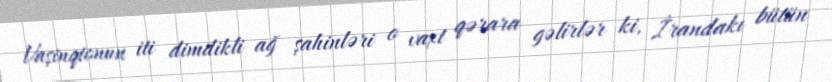
Vaşinqtonun iti dimdikli ağ şahinləri o vaxt qərara gəlirlər ki, İrandakı bütün